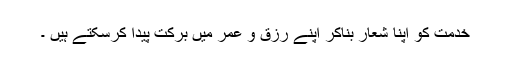
خدمت کو اپنا شعار بناکر اپنے رزق و عمر میں برکت پیدا کرسکتے ہیں ۔